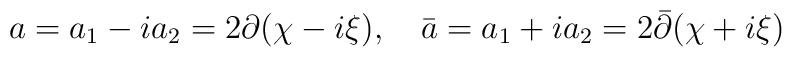
a = a_1 - ia_2 = 2 \partial (\chi - i \xi),\quad\bar a = a_1 + ia_2 = 2\bar \partial(\chi + i \xi)